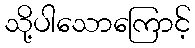
သို့ပါသောကြောင့်